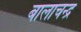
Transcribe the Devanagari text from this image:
बालाचन्द्र